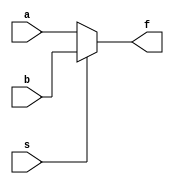
/*
____________ MODULE ____________
Module Multiplexer 2 to 1 - n bit:
	- Input: x2 components - a, b
	- Output: x1 component - F
	- 1 select - S
	*** Parameter to change bit of component: n.
*/
module mux2to1_nbit(a,b,s,f);
	parameter n=4;
	input [n-1:0]a,b;
	input s;
	output reg [n-1:0]f;

	always@(s)
	begin
		if(s)	f = b;
		else	f = a;
	end
	
endmodule